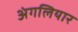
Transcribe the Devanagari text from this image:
अंगलियार